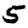
Digit: 5